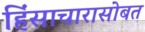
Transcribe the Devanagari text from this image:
हिंसाचारासोबत